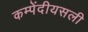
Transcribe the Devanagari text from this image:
कम्पेंदीयसली